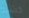
خشبة